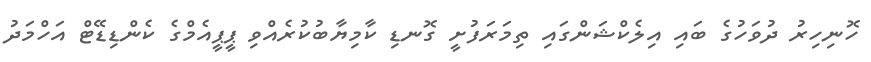
ހޮނިހިރު ދުވަހުގެ ބައި އިލެކްޝަންގައި ތިމަރަފުށީ ގޮނޑި ކާމިޔާބުކުރެއްވި ޕީޕީއެމްގެ ކެންޑިޑޭޓް އަހްމަދު